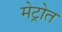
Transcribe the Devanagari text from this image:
मेट्रोत